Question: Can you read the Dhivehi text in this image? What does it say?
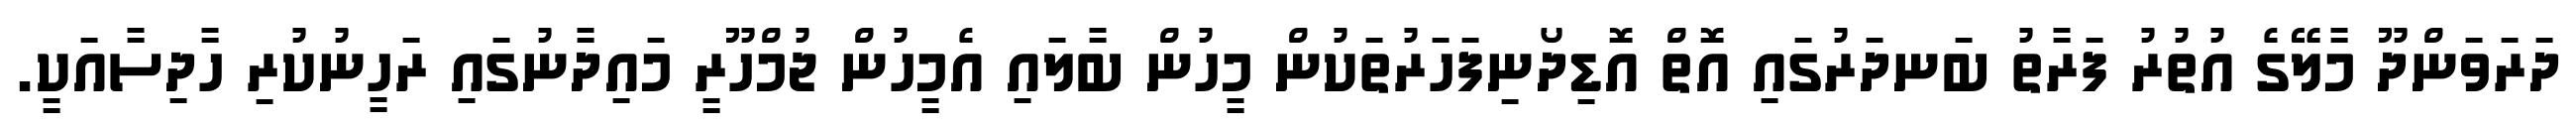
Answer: ދަރަވަންދޫ މާލޭގެ އުތުރު ފަރާތު ބަނދަރުގައި އޮތް އޮޑިދޯނިފަހަރުތަކުން މީހުން ބާލައި އެމީހުން ޖުމްހޫރީ މައިދާނުގައި ރަހީނުކުރި ހާދިސާއަކީ.